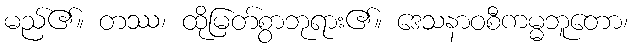
မည်၏။ တဿ၊ ထိုမြတ်စွာဘုရား၏။ ဒေသနာဝစီကမ္မဘူတော၊